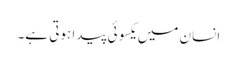
انسان میں یکسوئی پیدا ہوتی ہے۔